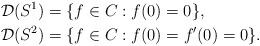
LaTeX: \begin{align*} \mathcal{D}(S^{1}) &= \{f\in C: f(0)=0\}, \\ \mathcal{D}(S^{2}) &= \{f\in C: f(0)=f'(0)=0\}.\end{align*}